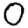
Digit: 0